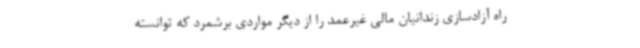
راه آزادسازی زندانیان مالی غیرعمد را از دیگر مواردی برشمرد که توانسته